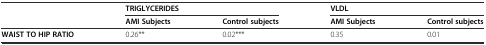
<table><thead><tr><td rowspan="2"></td><td colspan="2"><b>TRIGLYCERIDES</b></td><td colspan="2"><b>VLDL</b></td></tr><tr><td><b>AMI Subjects</b></td><td><b>Control subjects</b></td><td><b>AMI Subjects</b></td><td><b>Control subjects</b></td></tr></thead><tbody><tr><td><b>WAIST TO HIP RATIO</b></td><td>0.26**</td><td>0.02***</td><td>0.35</td><td>0.01</td></tr></tbody></table>